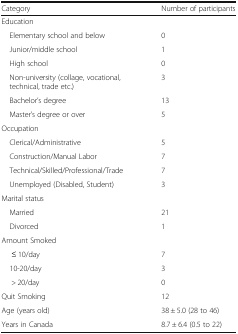
<table><thead><tr><td><b>Category</b></td><td><b>Number of participants</b></td></tr></thead><tbody><tr><td colspan="2">Education</td></tr><tr><td> Elementary school and below</td><td>0</td></tr><tr><td> Junior/middle school</td><td>1</td></tr><tr><td> High school</td><td>0</td></tr><tr><td> Non-university (collage, vocational, technical, trade etc.)</td><td>3</td></tr><tr><td> Bachelor’s degree</td><td>13</td></tr><tr><td> Master’s degree or over</td><td>5</td></tr><tr><td colspan="2">Occupation</td></tr><tr><td> Clerical/Administrative</td><td>5</td></tr><tr><td> Construction/Manual Labor</td><td>7</td></tr><tr><td> Technical/Skilled/Professional/Trade</td><td>7</td></tr><tr><td> Unemployed (Disabled, Student)</td><td>3</td></tr><tr><td colspan="2">Marital status</td></tr><tr><td> Married</td><td>21</td></tr><tr><td> Divorced</td><td>1</td></tr><tr><td colspan="2">Amount Smoked</td></tr><tr><td>≤ 10/day</td><td>7</td></tr><tr><td> 10-20/day</td><td>3</td></tr><tr><td>&gt; 20/day</td><td>0</td></tr><tr><td>Quit Smoking</td><td>12</td></tr><tr><td>Age (years old)</td><td>38 ± 5.0 (28 to 46)</td></tr><tr><td>Years in Canada</td><td>8.7 ± 6.4 (0.5 to 22)</td></tr></tbody></table>